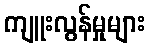
ကျူးလွန်မှုများ